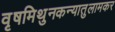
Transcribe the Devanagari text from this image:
वृषमिथुनकन्यातुलामकर